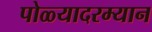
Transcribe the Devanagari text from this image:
पोळ्यादरम्यान